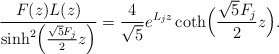
\begin{align*}\frac{F(z)L(z)}{\sinh^2\!\Big ( \frac{\sqrt{5}F_j}{2} z\Big )} = \frac{4}{\sqrt{5}} e^{L_j z} \coth\!\Big ( \frac{\sqrt{5}F_j}{2} z\Big ).\end{align*}